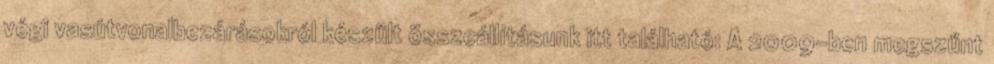
végi vasútvonalbezárásokról készült összeállításunk itt található: A 2009-ben megszűnt